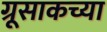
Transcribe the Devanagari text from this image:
ग्रूसाकच्या